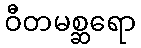
ဝီတမစ္ဆရော